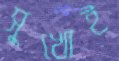
সুখোই